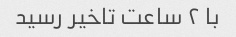
با ۲ ساعت تاخیر رسید